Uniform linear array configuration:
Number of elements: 32
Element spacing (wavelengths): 0.75
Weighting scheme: kaiser
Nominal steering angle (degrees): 0
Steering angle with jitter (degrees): -0.9887
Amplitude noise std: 0.05
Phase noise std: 0.05

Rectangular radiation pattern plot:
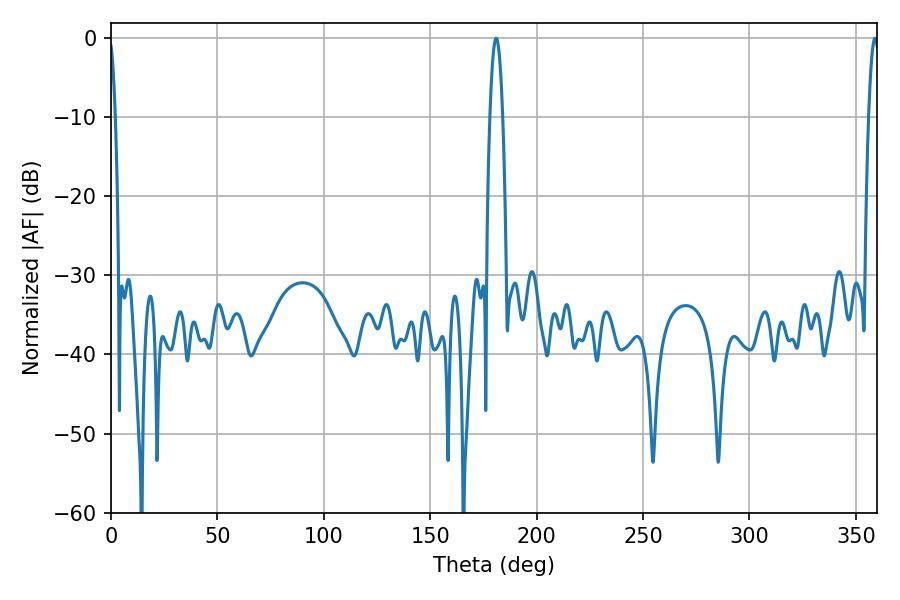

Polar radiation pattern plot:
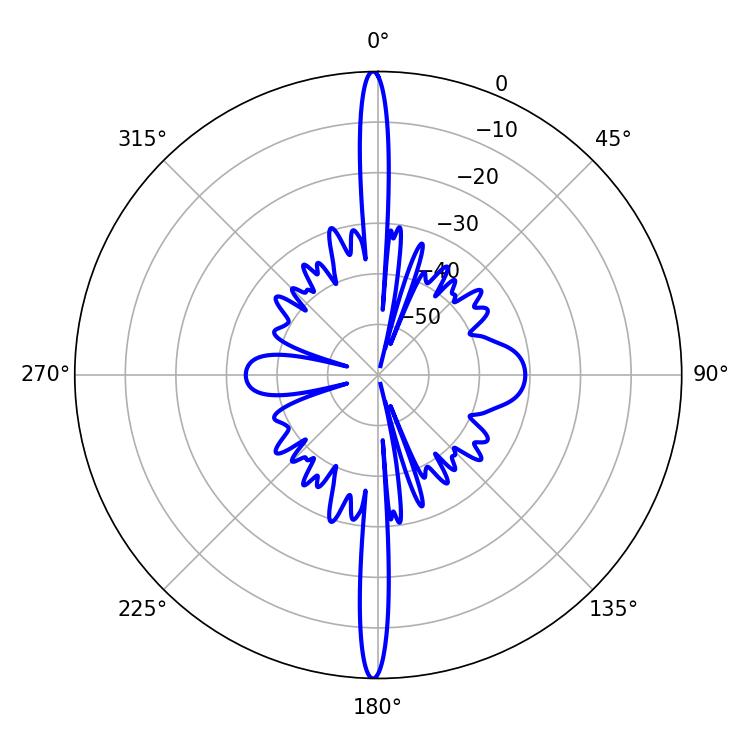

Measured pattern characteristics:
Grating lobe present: TRUE
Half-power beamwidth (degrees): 3.24
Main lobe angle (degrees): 181.08